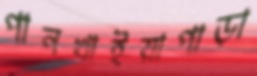
পানখাইয়াপাড়া